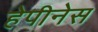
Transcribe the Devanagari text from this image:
हेपीनेस